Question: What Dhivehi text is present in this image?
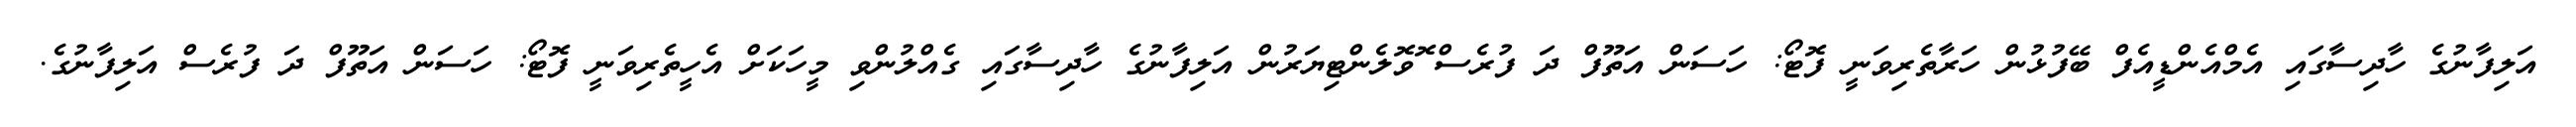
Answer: އަލިފާނުގެ ހާދިސާގައި އެމްއެންޑީއެފް ބޭފުޅުން ހަރާތެރިވަނީ ފޮޓޯ: ހަސަން އަތޫފް ދަ ފުރެސް ޮވޮލެންޓިޔަރުން އަލިފާނުގެ ހާދިސާގައި ގެއްލުންވި މީހަކަށް އެހީތެރިވަނީ ފޮޓޯ: ހަސަން އަތޫފް ދަ ފުރެސް އަލިފާނުގެ.